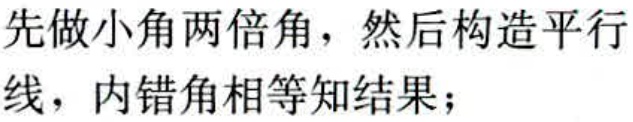
先做小角两倍角，然后构造平行线，内错角相等知结果；